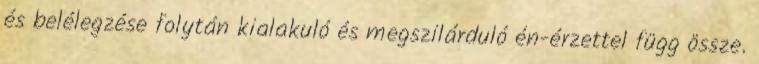
és belélegzése folytán kialakuló és megszilárduló én-érzettel függ össze.